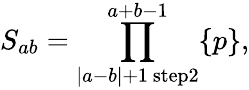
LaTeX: S_{ab}=\prod_{|a-b|+1~\mathrm{step}2}^{a+b-1}\{ p\} ,